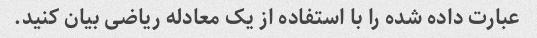
عبارت داده شده را با استفاده از یک معادله ریاضی بیان کنید.